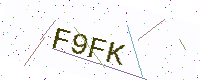
Text: F9FK